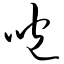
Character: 咆